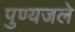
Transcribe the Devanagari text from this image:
पुण्यजले